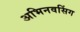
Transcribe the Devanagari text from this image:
अभिनवसिंग